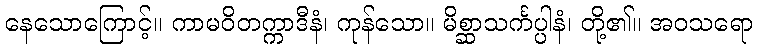
နေသောကြောင့်။ ကာမဝိတက္ကာဒီနံ၊ ကုန်သော။ မိစ္ဆာသင်္ကပ္ပါနံ၊ တို့၏။ အဝသရော